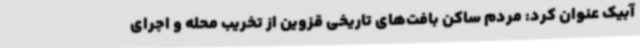
آبیک عنوان کرد: مردم ساکن بافت‌های تاریخی قزوین از تخریب محله و اجرای